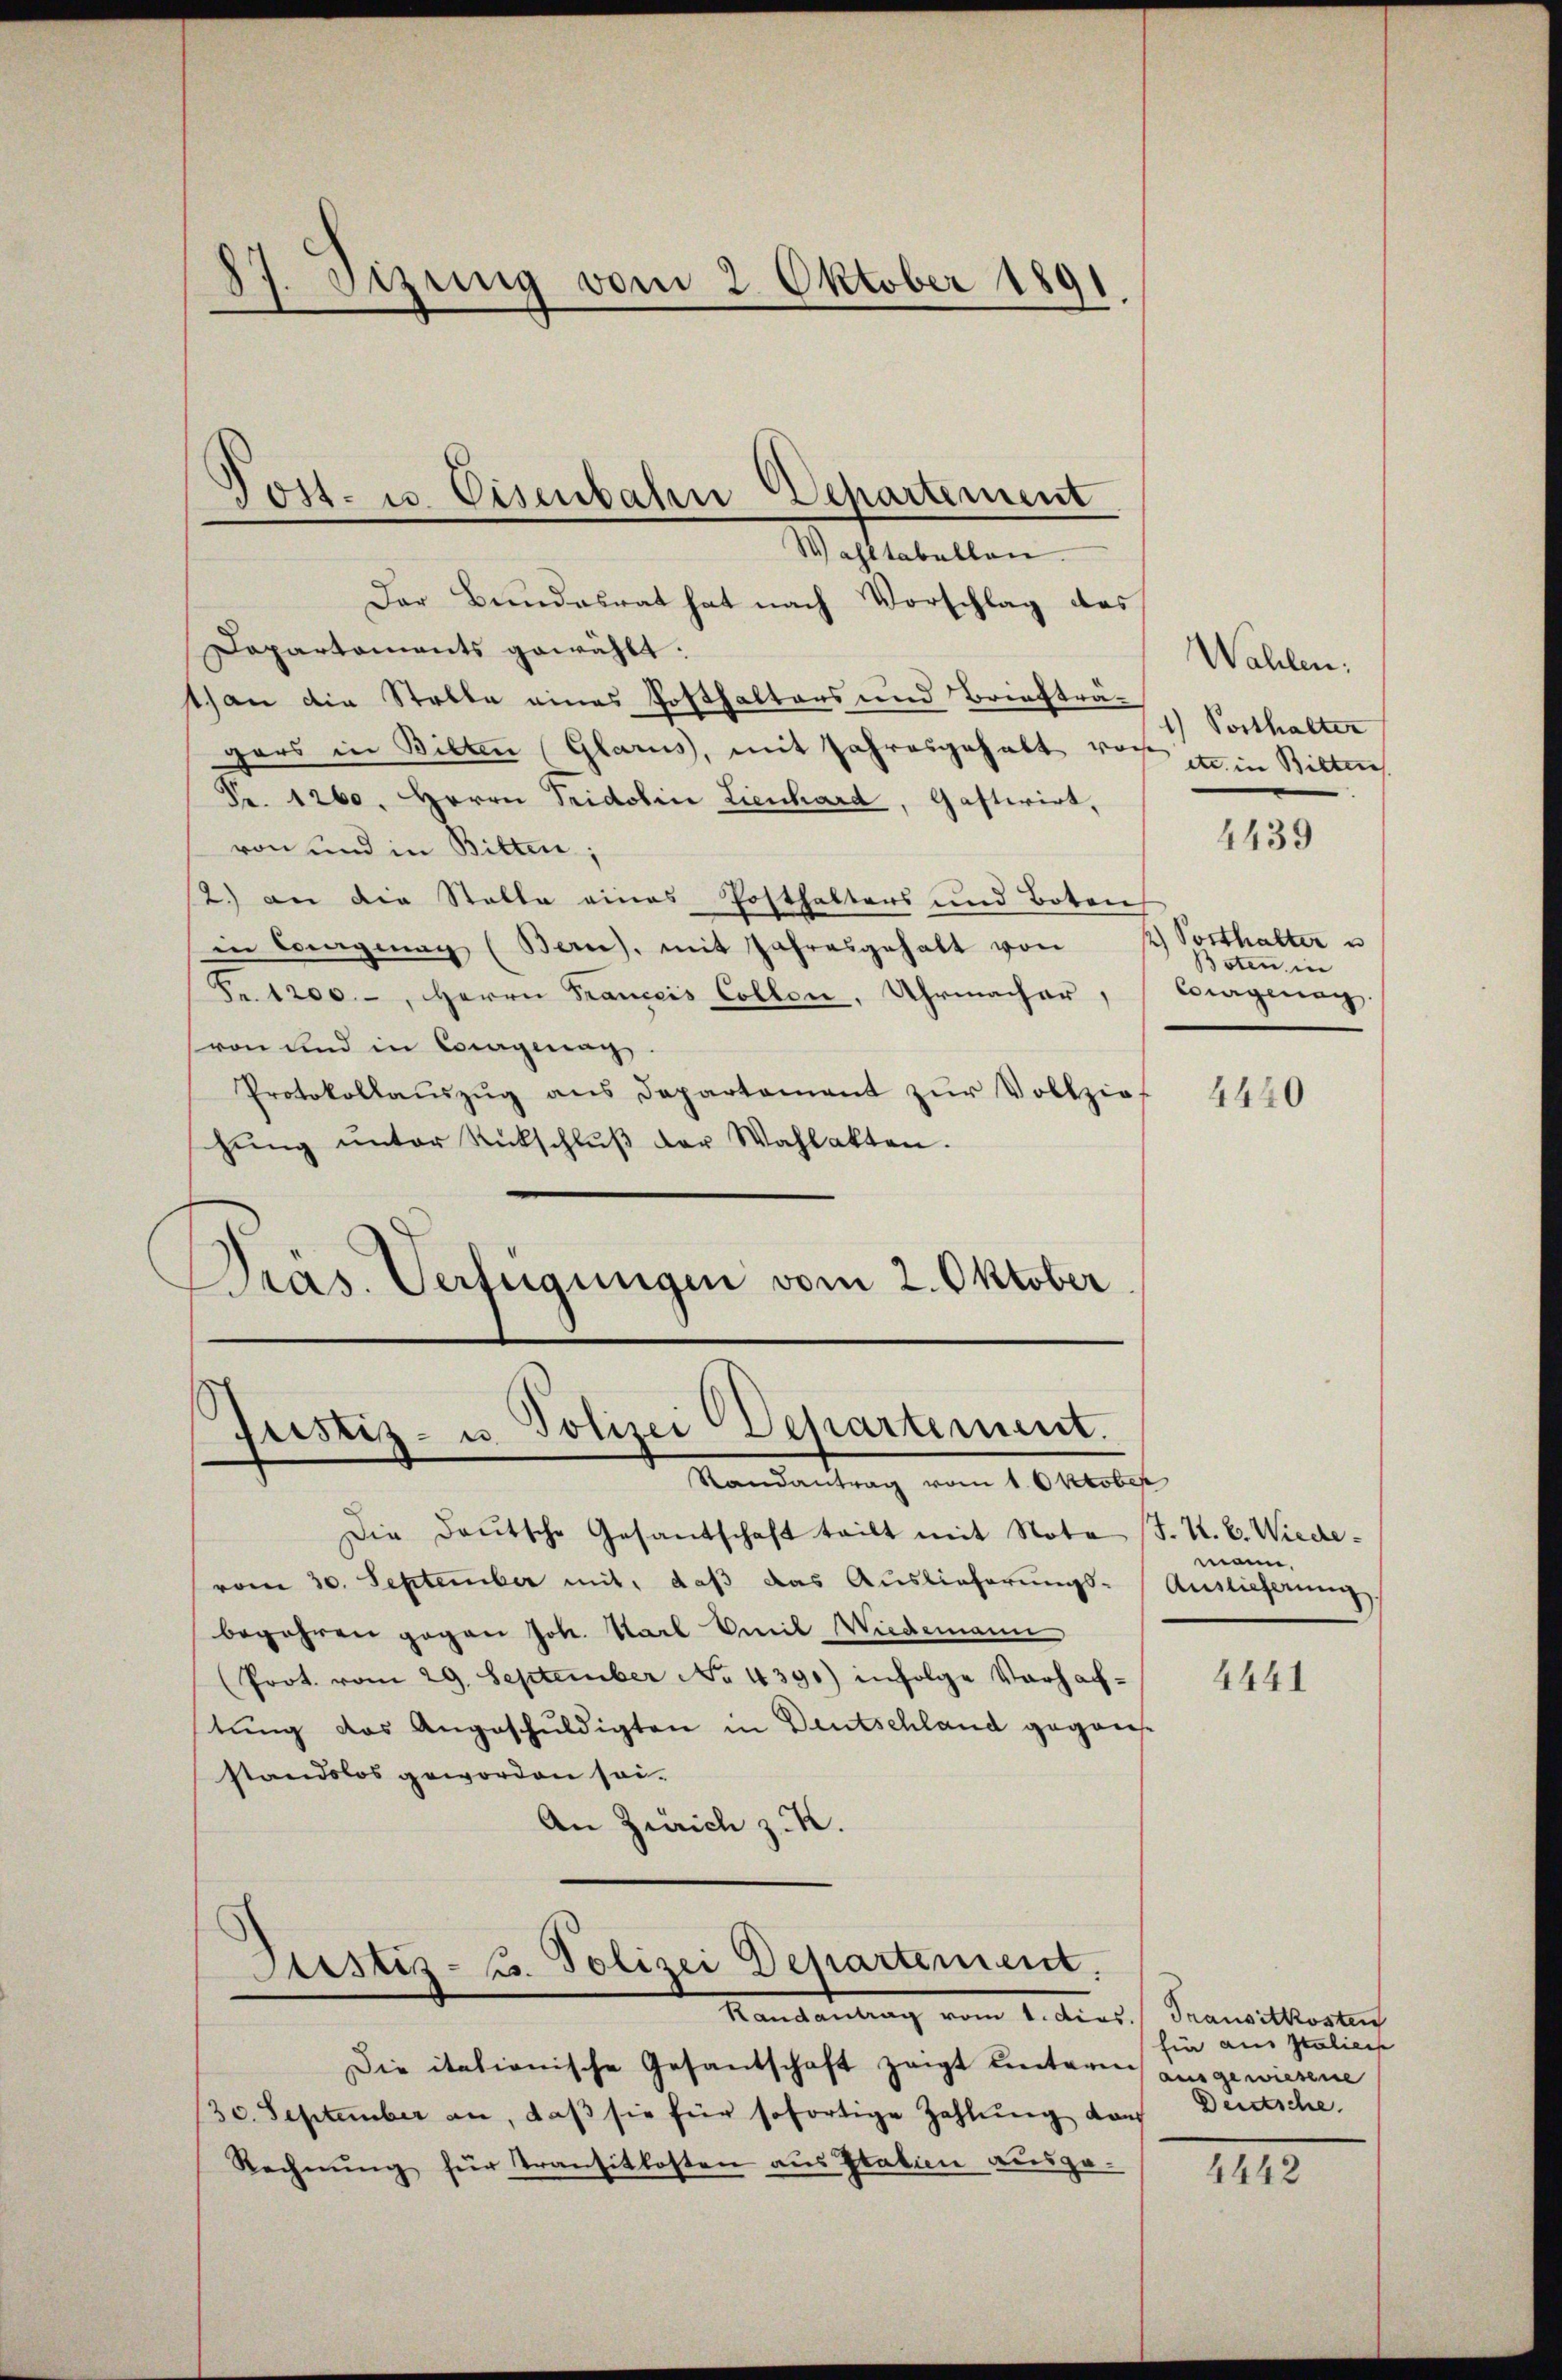
87. Sizung vom 2. Oktober 1891.

Wahltabellen.
Der Bundesrat hat nach Vorschlag des
Dapartaments gewählt:
1) an die Stelle eines Posthalters und Briefträgers in Bilten Glarus, mit Jahresgehabt vor in Bitten
Fr. 1260. Herrn Tridolin Lienhard, Gastwirt,
von und in Bitten;
(2.) an die Stelle eines Posthalters und Boten
in Corgnag (Ban), mit Jahresgehalt von
Fr. 1200.-, Herrn Franceis Collen, Uhrmacher,
(von und in Courgenag
Protokollauszug aus Departement zur Vollzieschŭng ŭnter Rückschlŭβ der Wahlakten.
Präs. Verfügungen vom 2. Oktober

Post- u. Eisenbahn Departement

Justiz- u. Polizei Departement.
Randantrag vom 1. Oktober

Die Daŭtsche Gesandschaft teilt mit Nota (T. K. B. Wiedevom 30. September mit, daß das Auslieferungs-Auslieferung
begehren gegen Joh. Karl Emil Wiedemann
(Prot. vom 29. September No. 4391) infolge Verhaftung des Angeschuldigten in Deutschland geganstandslos geworden sei.
An Zürich z. K.

Justiz- u. Polizei Departement.
Mandantrag vom 1. dies Sanatkosten

Die italionische Gesandschaft zeigt hintern ausgewiesene
/30. September an, daβ sie für sofortige Zahlung dah
Rechnung für Transitkosten aus Staben ausge¬

Wahlen.
Posthalter

4439

/ Vorthalter u
Boten in
Cargenan

4440

mann

4441

fin aus Italien
Deutsche

4442